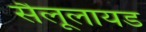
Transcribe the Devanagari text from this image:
सैलूलायड